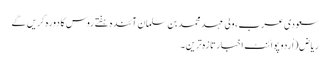
سعودی عرب ،ولی عہد محمد بن سلمان آئندہ ہفتے روس کا دورہ کریں گے
ریاض(اُردو پوائنٹ اخبارتازہ ترین۔